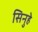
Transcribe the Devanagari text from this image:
सिनुहे